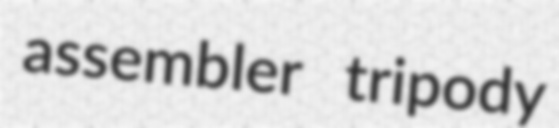
assembler tripody